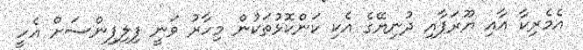
އެމެރިކާ އާއި ޔޫރަޕާއި ދުނިޔޭގެ އެކި ކަންކޮޅުތަކުން މިހާރު ވަނީ ފިލިޕިންސަށް އެހީ